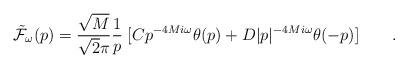
\begin{align*}{\tilde{\cal F}}_\omega (p) = {\sqrt{M} \over \sqrt{2} \pi}{1 \over p } \; [ Cp^{-4 M i \omega} \theta (p) + D \vert p \vert^{-4 M i \omega} \theta (-p) ]\qquad .\end{align*}